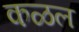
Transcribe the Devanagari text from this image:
कळल